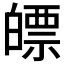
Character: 𤾛